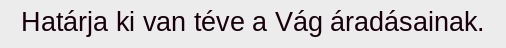
Határja ki van téve a Vág áradásainak.